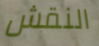
النقش